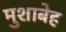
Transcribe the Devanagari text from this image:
मुशाबेह